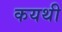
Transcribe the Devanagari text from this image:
कयथी